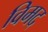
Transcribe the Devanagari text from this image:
विमद